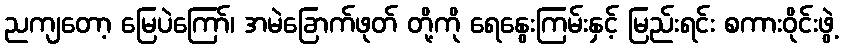
ညကျတော့ မြေပဲကြော်၊ အမဲခြောက်ဖုတ် တို့ကို ရေနွေးကြမ်းနှင့် မြည်းရင်း စကားဝိုင်းဖွဲ့